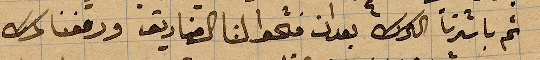
ثم باشرنا الترك بعد ان فتحوا لنا الصناديق ودفعنا ..